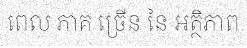
ពេល ភាគ ច្រើន នៃ អត្ថិភាព